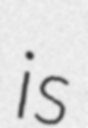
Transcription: is